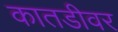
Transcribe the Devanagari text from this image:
कातडीवर